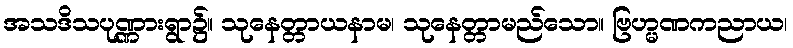
အသဒိသပုဏ္ဏားရွာ၌။ သုနေတ္တာယနာမ၊ သုနေတ္တာမည်သော။ ဗြဟ္မဏကညာယ၊